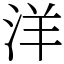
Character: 洋